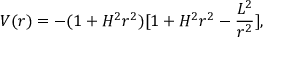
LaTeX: V ( r ) = - ( 1 + H ^ { 2 } r ^ { 2 } ) [ 1 + H ^ { 2 } r ^ { 2 } - \frac { L ^ { 2 } } { r ^ { 2 } } ] ,